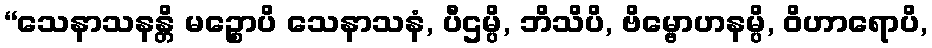
“သေနာသနန္တိ မဉ္စောပိ သေနာသနံ, ပီဌမ္ပိ, ဘိသိပိ, ဗိမ္ဗောဟနမ္ပိ, ဝိဟာရောပိ,